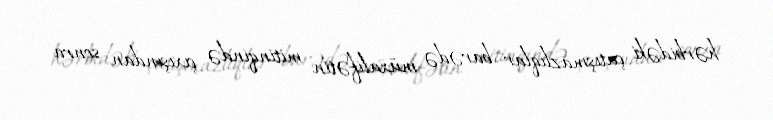
hərbidəki çatışmazlıqlar barədə müxalifətin mitinqində çıxışından sonra